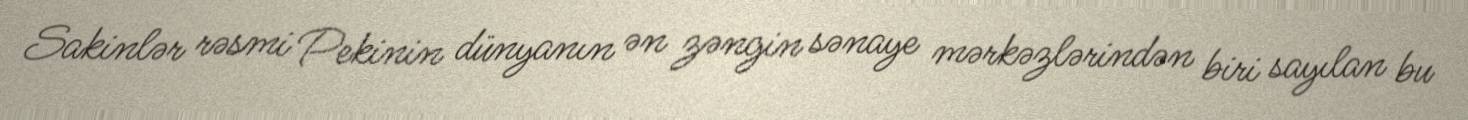
Sakinlər rəsmi Pekinin dünyanın ən zəngin sənaye mərkəzlərindən biri sayılan bu